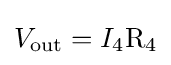
V_{\mathrm {out} }=I_{4}\mathrm {R_{4}}